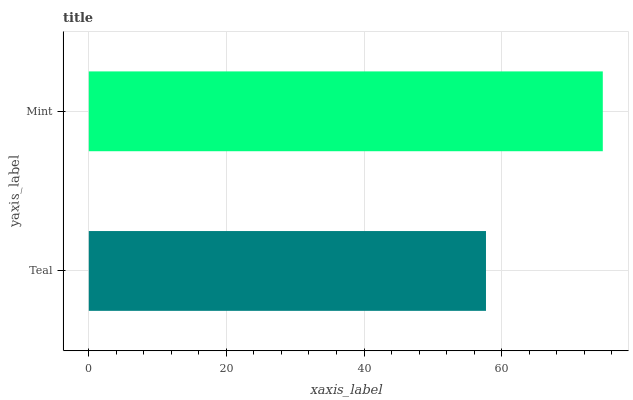
| yaxis_label | bars |
 | --- | --- |
 | Teal | 57.7 |
 | Mint | 74.7 |